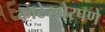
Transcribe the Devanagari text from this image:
काटेखोरपणे